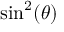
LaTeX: \sin ^ { 2 } ( \theta )